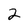
Character: 2